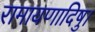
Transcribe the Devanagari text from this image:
रामायणादिषु।